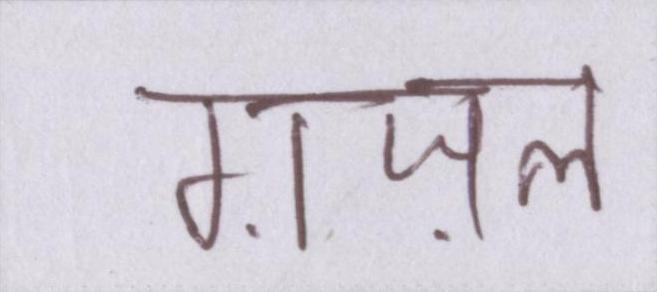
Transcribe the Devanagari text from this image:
ग़ज़ल